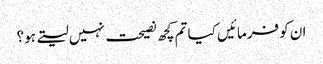
ان کو فرمائیں کیا تم کچھ نصیحت نہیں لیتے ہو؟